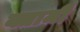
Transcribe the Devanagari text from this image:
क्तामी